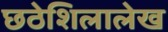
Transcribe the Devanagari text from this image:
छठेशिलालेख